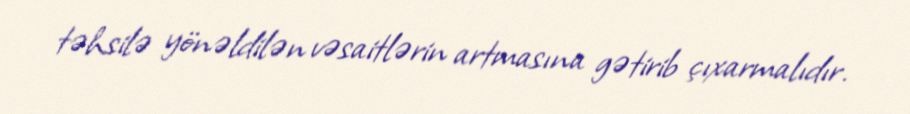
təhsilə yönəldilən vəsaitlərin artmasına gətirib çıxarmalıdır.